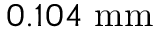
0 . 1 0 4 \mathrm { ~ m m }